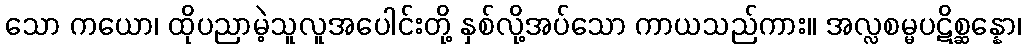
သော ကယော၊ ထိုပညာမဲ့သူလူအပေါင်းတို့ နှစ်လို့အပ်သော ကာယသည်ကား။ အလ္လစမ္မပဋိစ္ဆန္နော၊